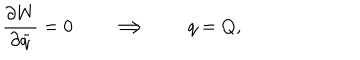
{ \frac { \partial W } { \partial \bar { q } } } = 0 \qquad \Longrightarrow \qquad q = Q ,